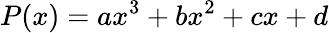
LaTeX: P(x)=ax^{3}+bx^{2}+cx+d